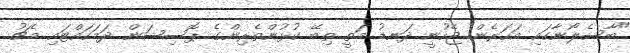
"ބާސެލޯނާގައި އަހަރެން ޖެހުނީ ދަނޑު މަތީ ތިބޭ ކުޅުންތެރިންގެ ޕޮސިޝަން ދަމަހައްޓައި މެޗު